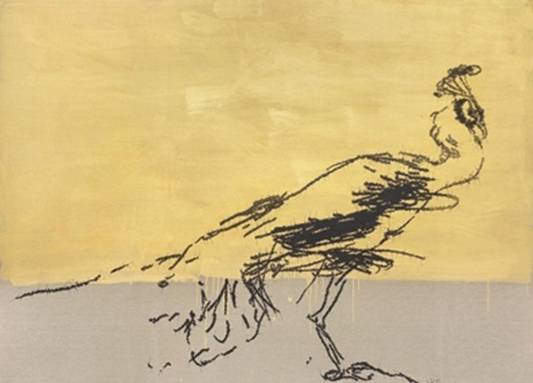
灞桥杨柳年年恨，鸳浦芙蓉叶叶愁。